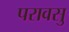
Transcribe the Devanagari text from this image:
परावसु